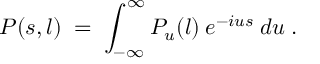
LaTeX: P ( s , l ) \; = \; \int _ { - \infty } ^ { \infty } P _ { u } ( l ) \: e ^ { - i u s } \: d u \; .